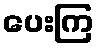
ပေးကြ